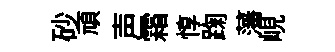
砂頑声霜惇踘藩峴